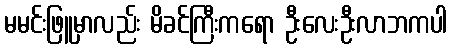
မမင်းဖြူမှာလည်း မိခင်ကြီးကရော ဦးလေးဦးလာဘကပါ